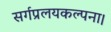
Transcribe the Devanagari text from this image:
सर्गप्रलयकल्पना।